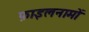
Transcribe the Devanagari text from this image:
फ़ाइलनामों